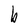
Character: b